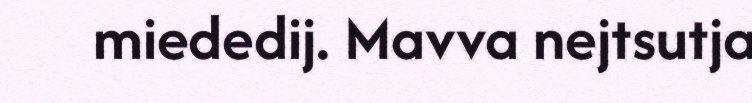
miededij. Mavva nejtsutja